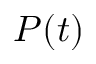
P ( t )